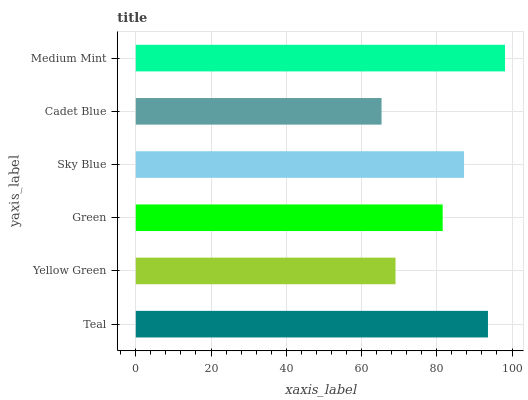
| yaxis_label | bars |
 | --- | --- |
 | Teal | 93.6 |
 | Yellow Green | 69 |
 | Green | 81.6 |
 | Sky Blue | 87.3 |
 | Cadet Blue | 65.3 |
 | Medium Mint | 98.1 |